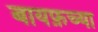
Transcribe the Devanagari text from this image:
बायफ़च्या